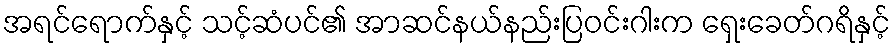
အရင်ရောက်နှင့် သင့်ဆံပင်၏ အာဆင်နယ်နည်းပြဝင်းဂါးက ရှေးခေတ်ဂရိနှင့်